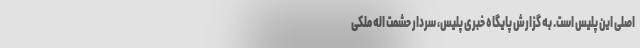
اصلی این پلیس است. به گزارش پایگاه خبری پلیس، سردار حشمت اله ملکی